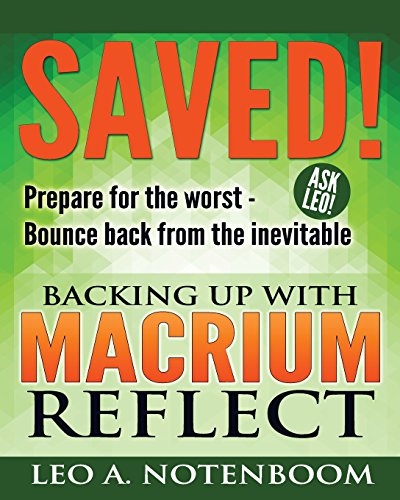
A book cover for Saved! - Backing Up with Macrium Reflect: Prepare for the worst - Recover from the inevitable; Leo A Notenboom; Computers & Technology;